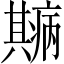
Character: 𤻓